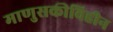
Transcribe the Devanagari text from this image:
माणुसकीविहीन